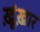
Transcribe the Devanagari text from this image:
ख़ूंख़ार